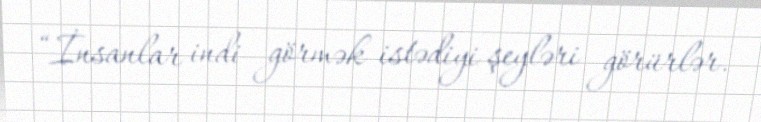
“İnsanlar indi görmək istədiyi şeyləri görürlər.